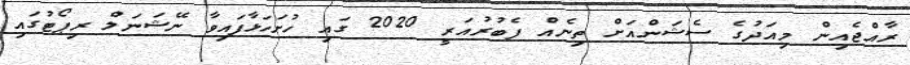
ރާއްޖެއިން މިއަދުގެ ސެޝަންއަށް ތިނެއް ފެބުރުއަރީ 2020 ގައި ހުށަހަޅާފައިވާ ނޭޝަނަލް ރިޕޯޓުގައި